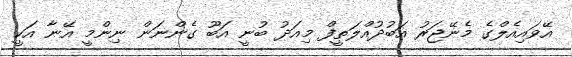
އޭވައިއެލްގެ މެނޭޖަރު އަބުދުއްލަތީފް މިއަދު ބުނީ އަބޫ ގެންނަން ނިންމީ އޭނާ އަކީ